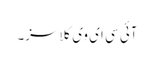
آئی سی ای وی کلاسز۔